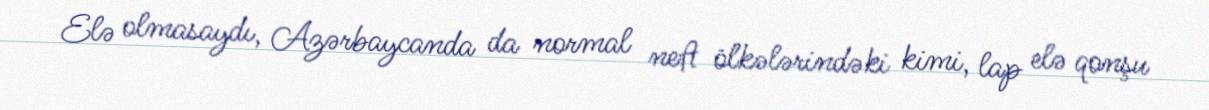
Elə olmasaydı, Azərbaycanda da normal neft ölkələrindəki kimi, lap elə qonşu